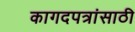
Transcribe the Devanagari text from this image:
कागदपत्रांसाठी